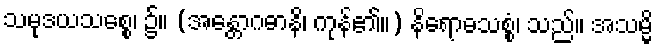
သမုဒယသစ္စေ၊ ၌။ (အန္တောဂဓာနိ၊ ကုန်၏။) နိရောဓသစ္စံ၊ သည်။ အသမ္မိ